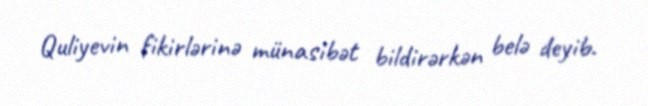
Quliyevin fikirlərinə münasibət bildirərkən belə deyib.